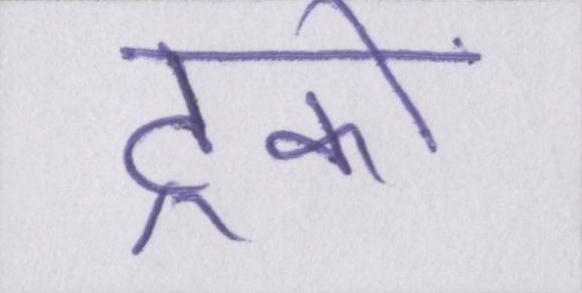
ट्रकों